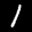
Label: 1